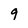
Character: 9